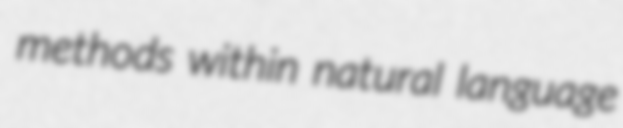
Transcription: methods within natural language